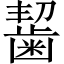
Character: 𪘂